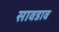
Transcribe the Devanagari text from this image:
सावडाव